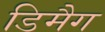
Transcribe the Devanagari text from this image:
डिमैग